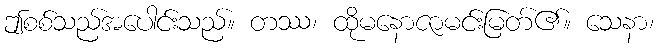
ဤစစ်သည်အပေါင်းသည်။ တဿ၊ ထိုမနောဇာမင်းမြတ်၏။ သေနာ၊